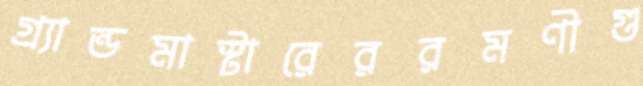
গ্র্যান্ডমাস্টারেররমণীগু